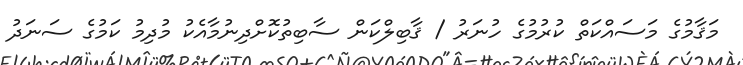
މަޤާމުގެ މަސައްކަތް ކުރުމުގެ ހުނަރު / ޤާބިލްކަން ސާބިތުކޮށްދިނުމާއެކު މުދިމު ކަމުގެ ސަނަދު